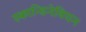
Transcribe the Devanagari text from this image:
स्कान्डिनेवियन